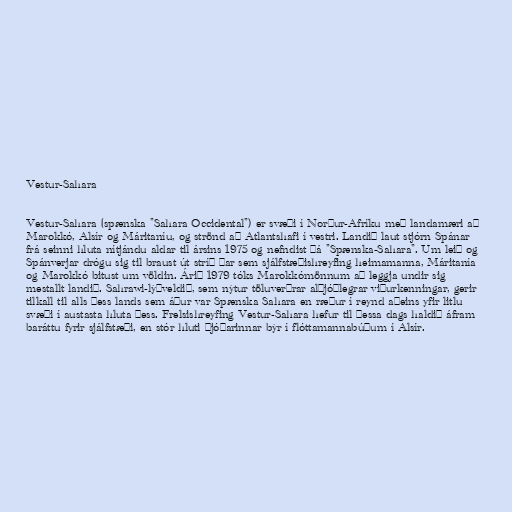
Vestur-Sahara

Vestur-Sahara (spænska "Sahara Occidental") er svæði í Norður-Afríku með landamæri að
Marokkó, Alsír og Máritaníu, og strönd að Atlantshafi í vestri. Landið laut stjórn Spánar
frá seinni hluta nítjándu aldar til ársins 1975 og nefndist þá "Spænska-Sahara". Um leið og
Spánverjar drógu sig til braust út stríð þar sem sjálfstæðishreyfing heimamanna, Máritanía
og Marokkó bitust um völdin. Árið 1979 tóks Marokkómönnum að leggja undir sig
mestallt landið. Sahrawi-lýðveldið, sem nýtur töluverðrar alþjóðlegrar viðurkenningar, gerir
tilkall til alls þess lands sem áður var Spænska Sahara en ræður í reynd aðeins yfir litlu
svæði í austasta hluta þess. Frelsishreyfing Vestur-Sahara hefur til þessa dags haldið áfram
baráttu fyrir sjálfstæði, en stór hluti þjóðarinnar býr í flóttamannabúðum í Alsír.